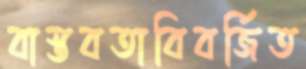
বাস্তবতাবিবর্জিত